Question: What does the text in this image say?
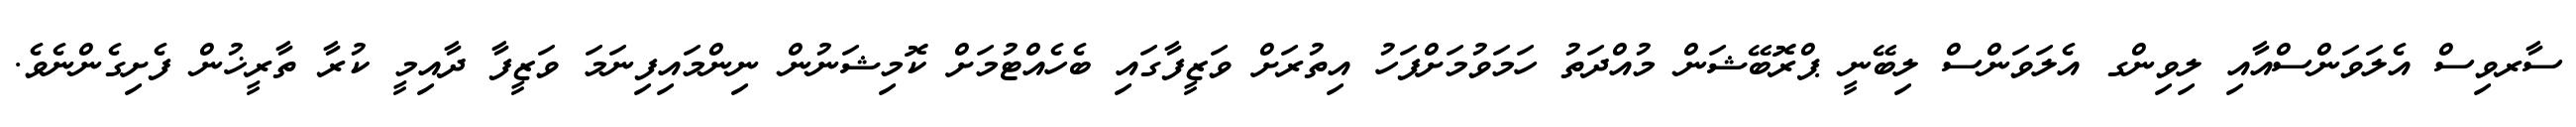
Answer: ސާރވިސް އެލަވަންސްއާއި ލިވިންގ އެލަވަންސް ލިބޭނީ ޕްރޮބޭޝަން މުއްދަތު ހަމަވުމަށްފަހު އިތުރަށް ވަޒީފާގައި ބެހެއްޓުމަށް ކޮމިޝަނުން ނިންމައިފިނަމަ ވަޒީފާ ދާއިމީ ކުރާ ތާރީޚުން ފެށިގެންނެވެ.